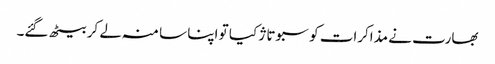
بھارت نے مذاکرات کو سبوتاژ کیا تو اپنا سا منہ لے کر بیٹھ گئے۔